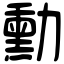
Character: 勳